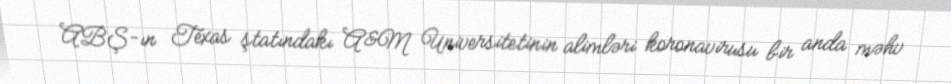
ABŞ-ın Texas ştatındakı A&M Universitetinin alimləri koronavirusu bir anda məhv